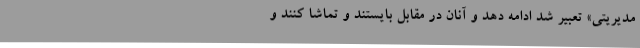
مدیریتی» تعبیر شد ادامه دهد و آنان در مقابل بایستند و تماشا کنند و